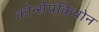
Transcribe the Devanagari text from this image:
कोन्सेपकियोन